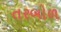
તરબોળ